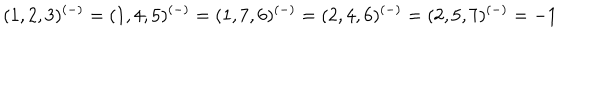
( 1 , 2 , 3 ) ^ { ( - ) } = ( 1 , 4 , 5 ) ^ { ( - ) } = ( 1 , 7 , 6 ) ^ { ( - ) } = ( 2 , 4 , 6 ) ^ { ( - ) } = ( 2 , 5 , 7 ) ^ { ( - ) } = - 1